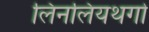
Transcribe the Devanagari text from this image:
लिनलियथगो